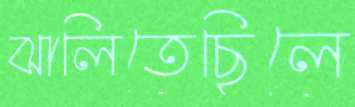
ঝালিতেছিলে